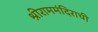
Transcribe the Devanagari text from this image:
श्रीराममंदिराची